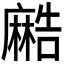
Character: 𱋯